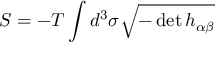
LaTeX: S = - T \int d ^ { 3 } \sigma \sqrt { - \operatorname * { d e t } h _ { \alpha \beta } }